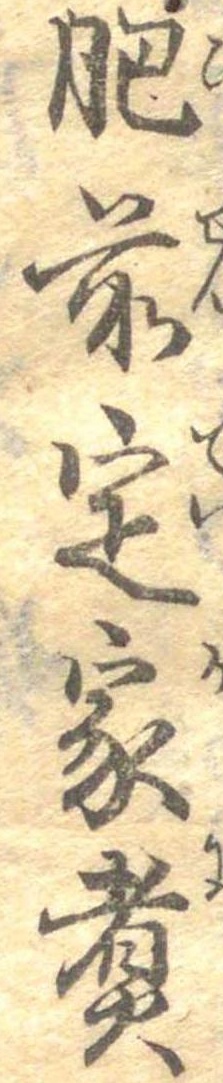
肥前定家煮